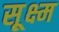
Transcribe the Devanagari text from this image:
सू़क्ष्म